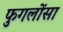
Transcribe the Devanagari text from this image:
फुगलोंसा